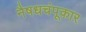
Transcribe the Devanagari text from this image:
नैषधचंपूकार